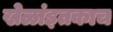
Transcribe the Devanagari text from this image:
खेळांइतकाच